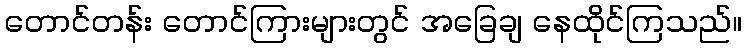
တောင်တန်း တောင်ကြားများတွင် အခြေချ နေထိုင်ကြသည်။